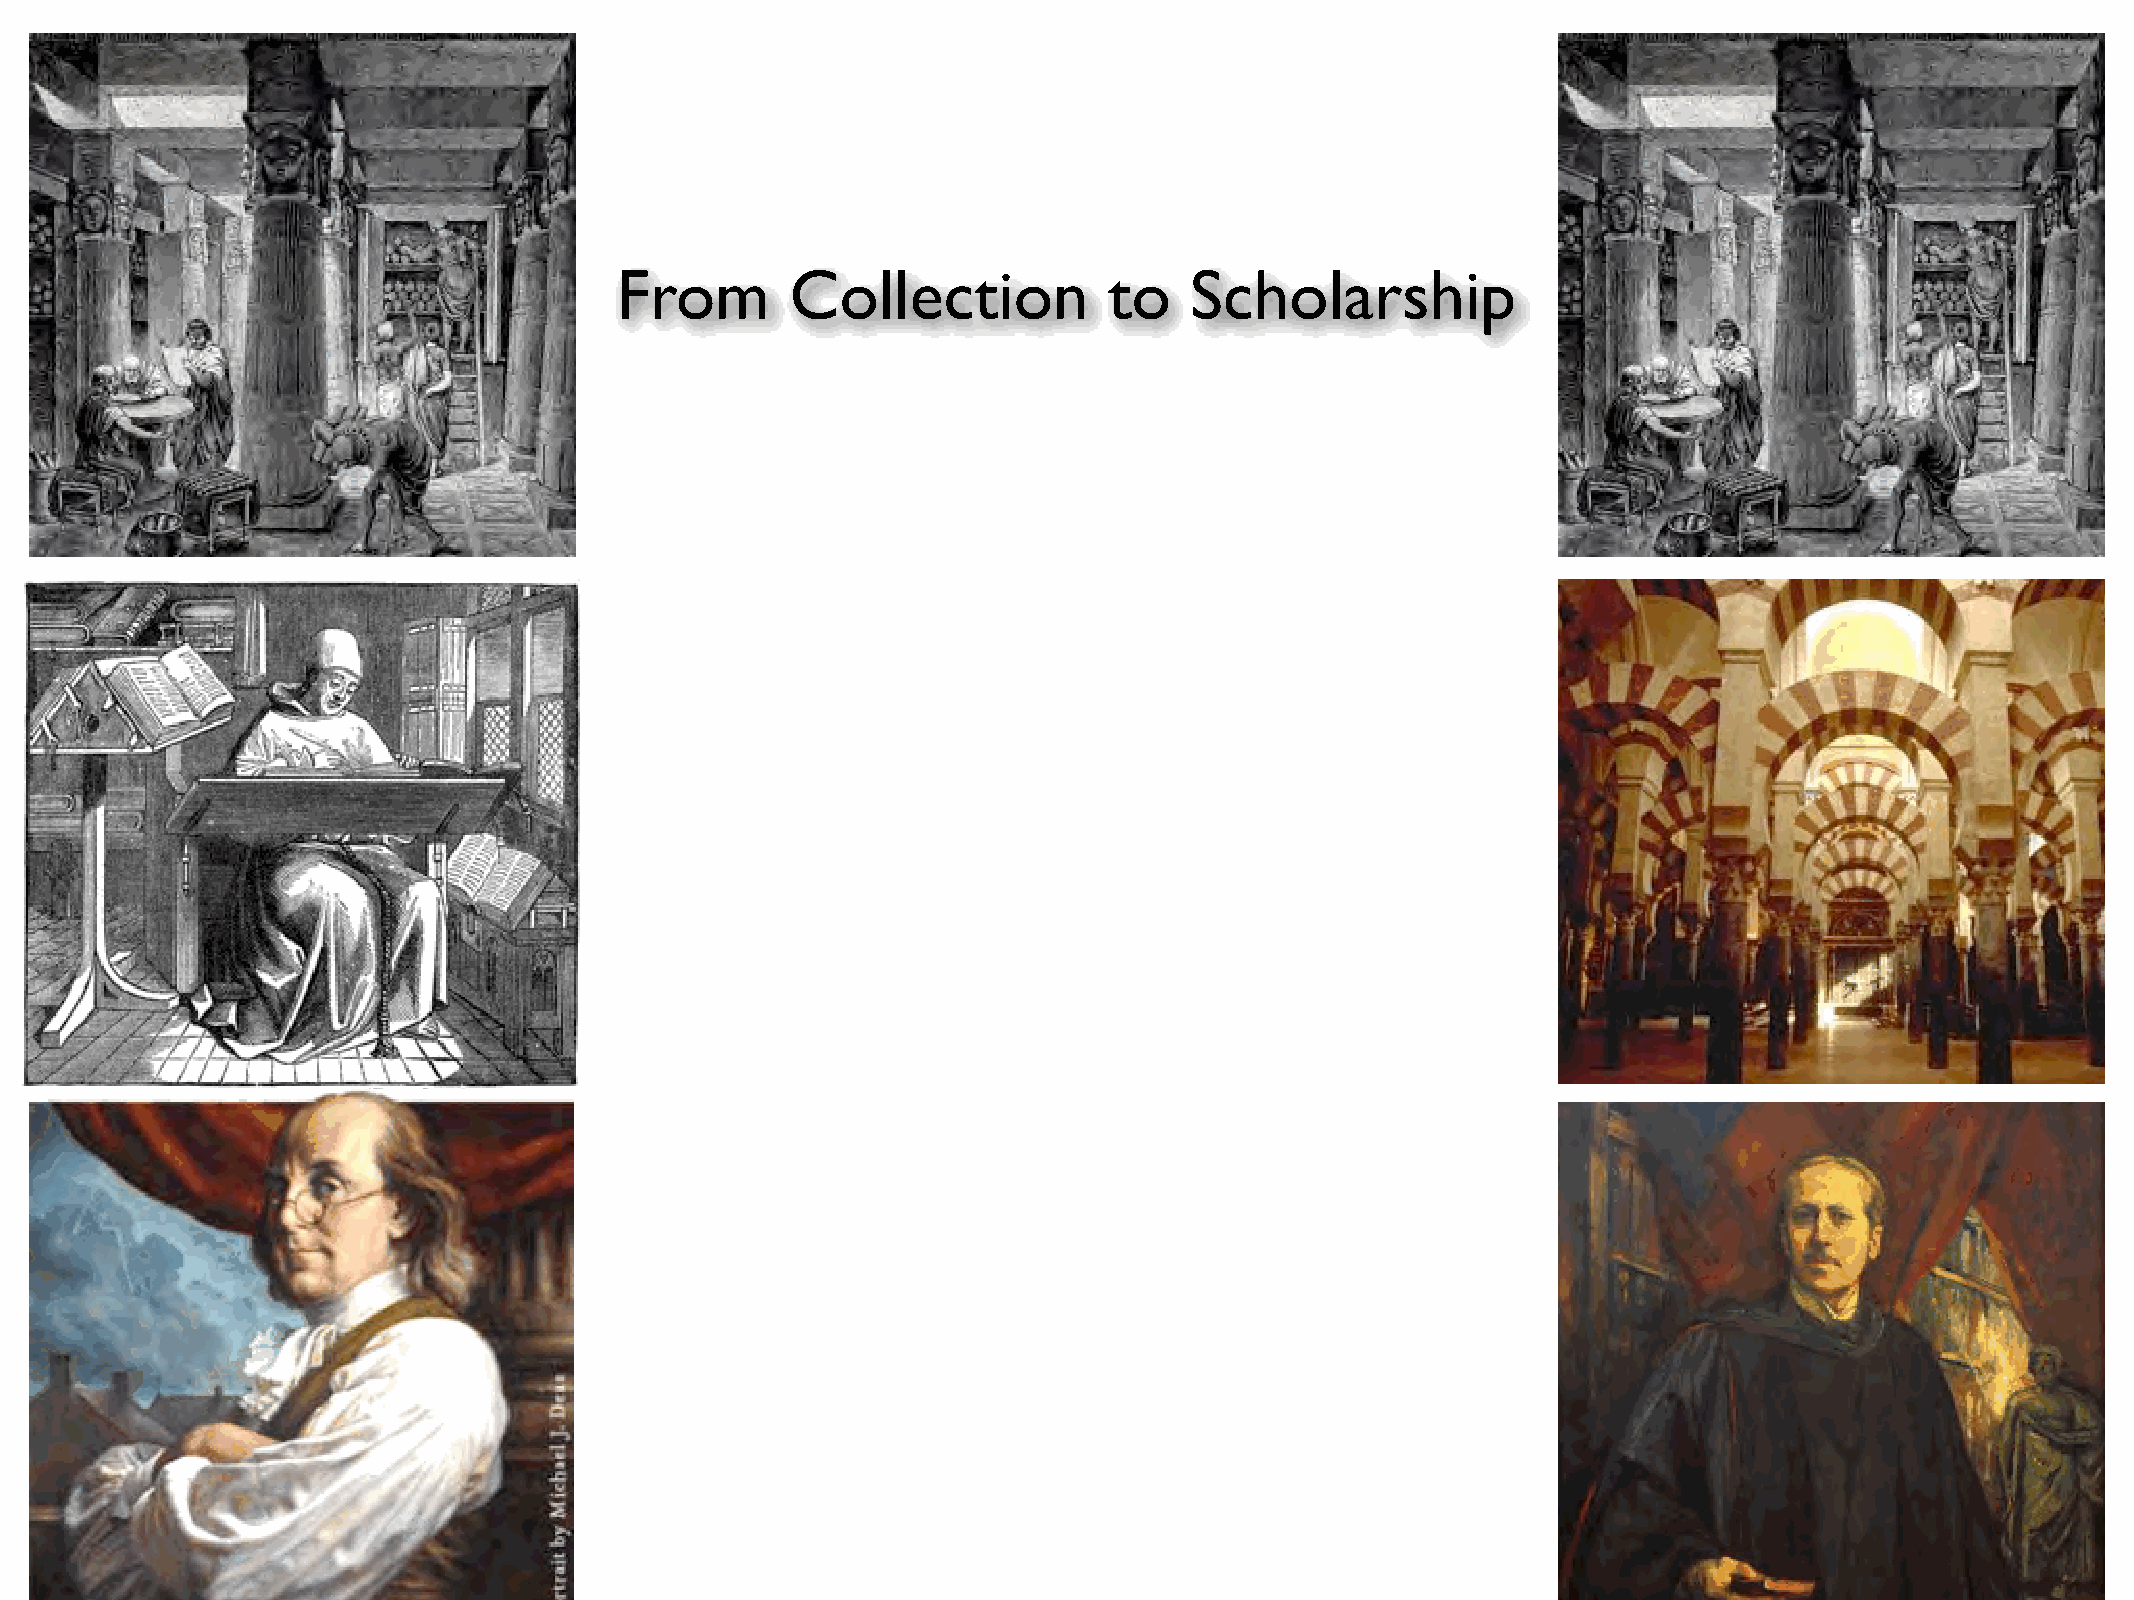
From       Collection           to    Scholarship